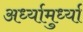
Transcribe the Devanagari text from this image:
अर्ध्यामुर्ध्या